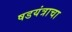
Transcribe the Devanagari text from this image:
षडयंत्राचा